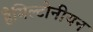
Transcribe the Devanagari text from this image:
हैमिल्टोनीयन